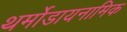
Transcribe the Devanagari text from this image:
थर्मोडायनामिक